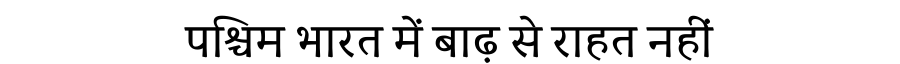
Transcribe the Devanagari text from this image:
पश्चिम भारत में बाढ़ से राहत नहीं